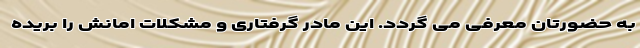
به حضورتان معرفی می گردد. این مادر گرفتاری و مشکلات امانش را بریده